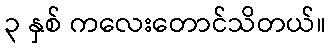
၃ နှစ် ကလေးတောင်သိတယ်။